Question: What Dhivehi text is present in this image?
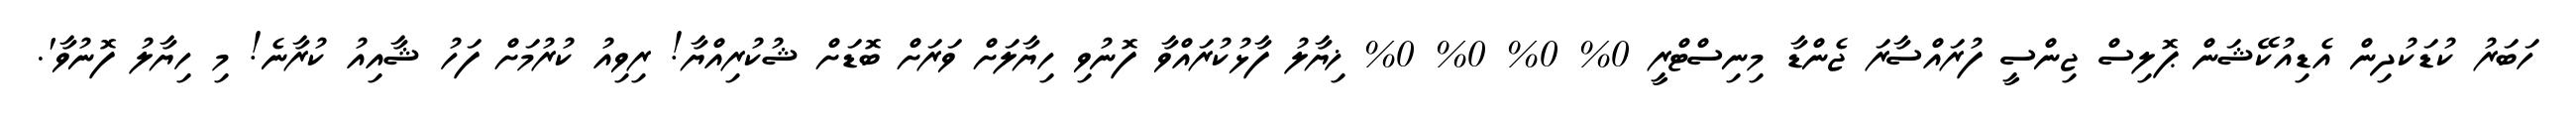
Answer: ހަބަރު ކުޑަކުދިން އެޑިއުކޭޝަން ޕޮލިސް ޖިންސީ ފުރައްސާރަ ޖެންޑާ މިނިސްޓްރީ 0% 0% 0% 0% ޚިޔާލު ފާޅުކުރައްވާ ފޮނުވި ހިޔާލަށް ވަރަށް ބޮޑަށް ޝުކުރިއްޔާ! ރިވިއު ކުރުމަށް ފަހު ޝާއިއު ކުރާނެ! މި ހިޔާލު ފޮނުވާ'.